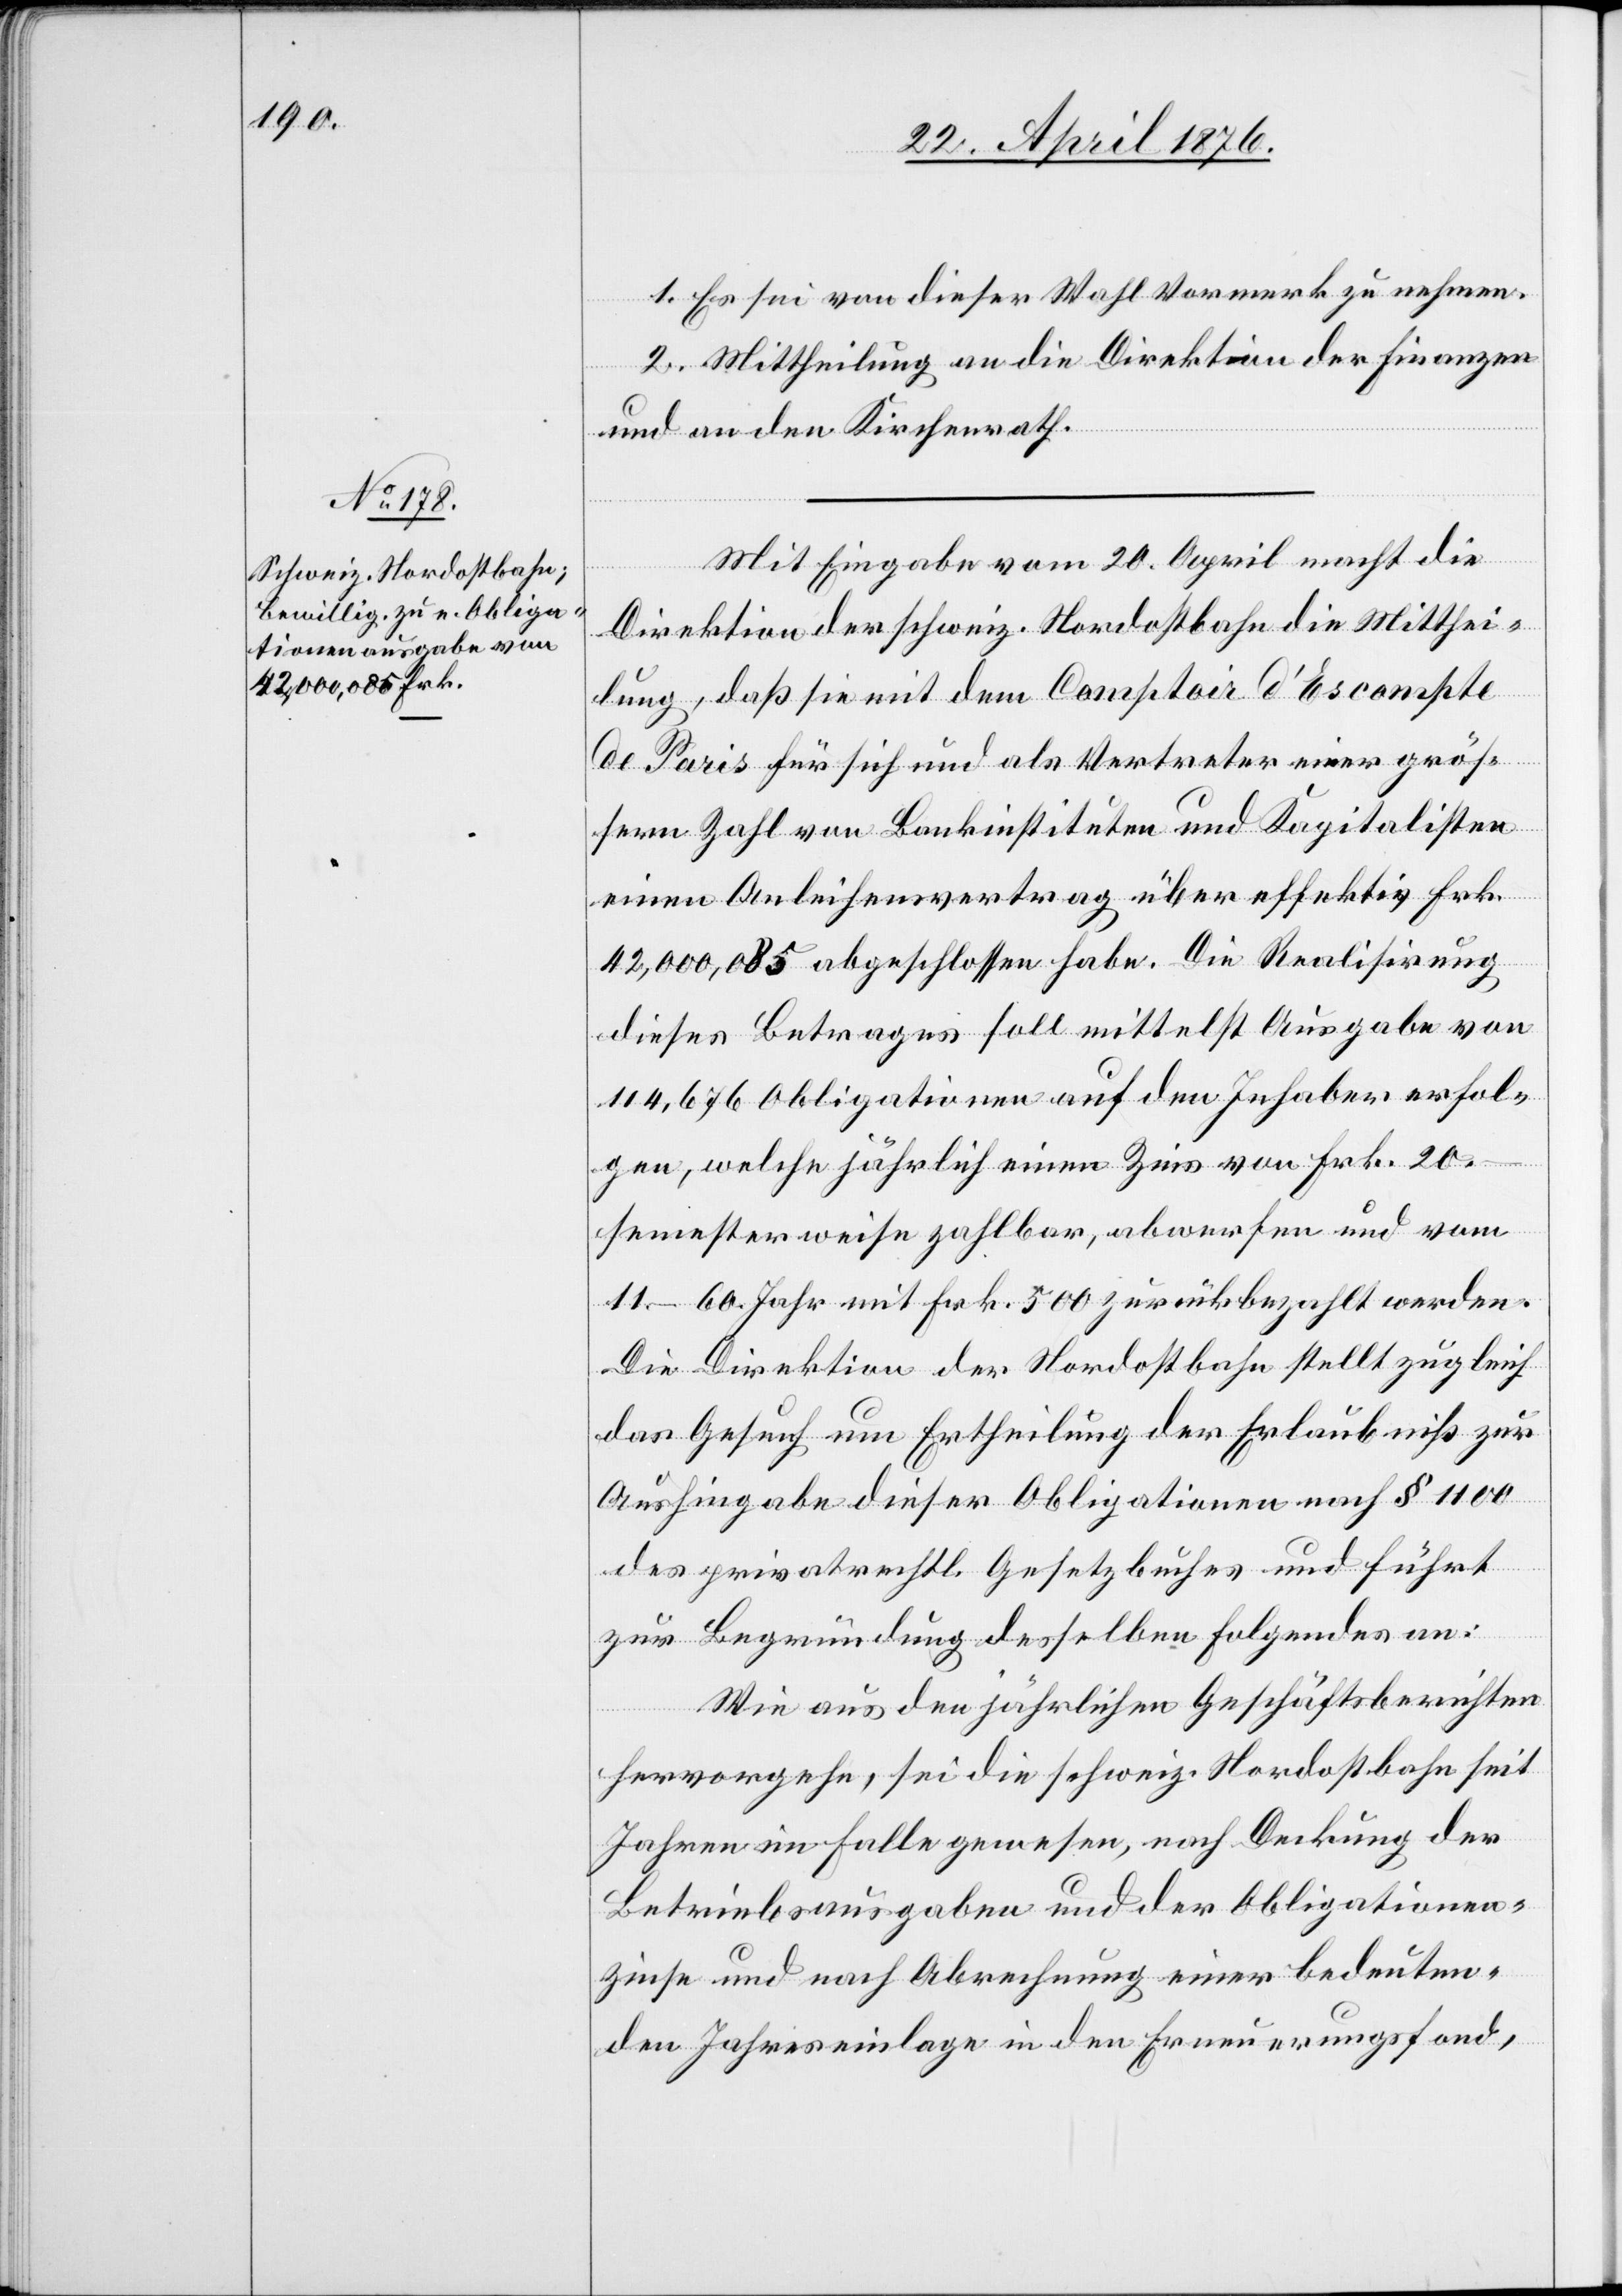
1. Es sei von dieser Wahl Vormerk zu nehmen.
2. Mittheilung an die Direktion der Finanzen
und an den Kirchenrath.
Mit Eingabe vom 20. April macht die
Direktion der schweiz. Nordostbahn die Mitthei¬
lung, daß sie mit dem Comptoir d’Escompte
de Paris für sich und als Vertreter einer größ¬
ern Zahl von Bankinstituten und Kapitalisten
einen Anleihenvertrag über effektiv Frk.
42,000,085 abgeschlossen habe. Die Realisirung
dieses Betrages soll mittelst Ausgabe von
114,676 Obligationen auf den Inhaber erfol¬
gen, welche jährlich einen Zins von Frk. 20.–
semesterweise zahlbar, abwerfen und vom
11.–60. Jahr mit Frk. 500 zurückbezahlt werden.
Die Direktion der Nordostbahn stellt zugleich
das Gesuch um Ertheilung der Erlaubniß zur
Aushingabe dieser Obligationen nach § 1100
des privatrechtl. Gesetzbuches und führt
zur Begründung desselben Folgendes an:
Wie aus den jährlichen Geschäftsberichten
hervorgehe, sei die schweiz. Nordostbahn seit
Jahren im Falle gewesen, nach Deckung der
Betriebausgaben und der Obligationen¬
zinse und nach Abrechnung einer bedeuten¬
den Jahreseinlage in den Erneuerungsfond,